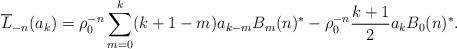
LaTeX: \begin{gather*}\overline{L}_{-n}(a_k)=\rho_0^{-n}\sum\limits_{m=0}^{k}(k+1-m)a_{k-m}B_{m}(n)^*-\rho_0^{-n}\frac{k+1}{2}a_kB_0(n)^*.\end{gather*}